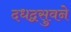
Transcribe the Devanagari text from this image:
दधद्वसुवने